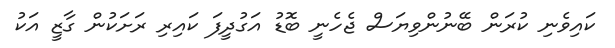
ކައިވެނި ކުރަން ބޭނުންވިޔަސް ޖެހެނީ ބޮޑު އަގުދީފަ ކައިރި ރަށަކުން ގާޒީ އަކު